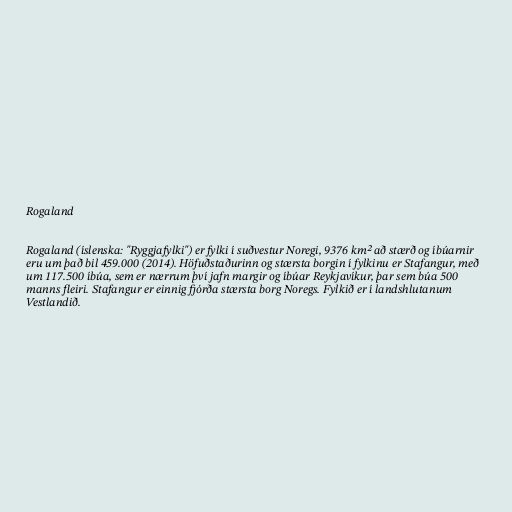
Rogaland

Rogaland (íslenska: "Ryggjafylki") er fylki í suðvestur Noregi, 9376 km² að stærð og íbúarnir
eru um það bil 459.000 (2014). Höfuðstaðurinn og stærsta borgin í fylkinu er Stafangur, með
um 117.500 íbúa, sem er nærrum því jafn margir og íbúar Reykjavíkur, þar sem búa 500
manns fleiri. Stafangur er einnig fjórða stærsta borg Noregs. Fylkið er í landshlutanum
Vestlandið.